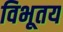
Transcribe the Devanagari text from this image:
विभूतय